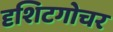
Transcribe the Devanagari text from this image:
दृशिटगोचर